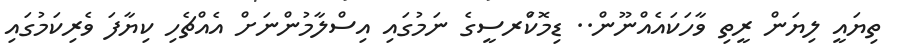
ތިޔައީ ލިޔަން ރީތި ވާހަކައެއްނޫން.. ޑިމޮކްަރސީގެ ނަމުގައި އިސްލާމުންނަށް އެއްޗެހި ކިޔާފަ ވެރިކަމުގައި